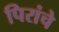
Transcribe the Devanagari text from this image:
पिरांचे